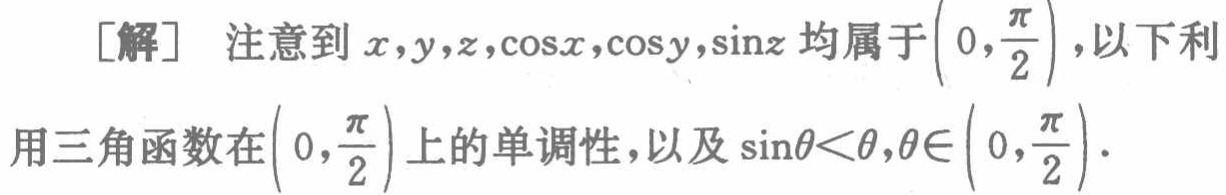
[解] 注意到 \(x,y,z,\cos x,\cos y,\sin z\) 均属于 \(\left(0,\frac{\pi}{2}\right)\)，以下利用三角函数在 \(\left(0,\frac{\pi}{2}\right)\) 上的单调性，以及 \(\sin\theta<\theta,\theta\in\left(0,\frac{\pi}{2}\right)\)．